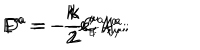
LaTeX: E ^ { a } = - \frac { k } { 2 } e _ { \scriptscriptstyle E } ^ { \mu } A _ { \mu } ^ { a } ; \hspace { 2 m m } F ^ { a } = - \frac { k } { 2 } e _ { \scriptscriptstyle F } ^ { \mu } A _ { \mu } ^ { a } ; \hspace { 2 m m } D ^ { a } = - \frac { k } { 2 } C ^ { a } ,